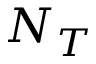
N _ { T }